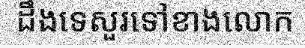
ដឹងទេសួរទៅខាងលោក